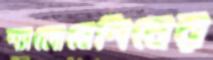
শ্যালোমেশিনের